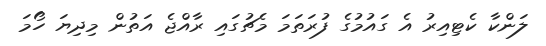
ލަންކާ ކެޓިއިރު އެ ގައުމުގެ ފުރަތަމަ މެޗުގައި ރާއްޖެ އަތުން މިދިޔަ ހޯމަ